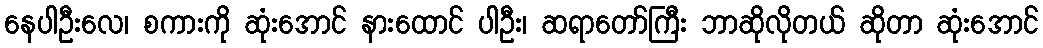
နေပါဦးလေ၊ စကားကို ဆုံးအောင် နားထောင် ပါဦး၊ ဆရာတော်ကြီး ဘာဆိုလိုတယ် ဆိုတာ ဆုံးအောင်